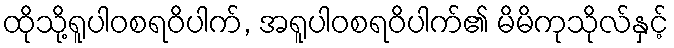
ထိုသို့ရူပါဝစရဝိပါက်, အရူပါဝစရဝိပါက်၏ မိမိကုသိုလ်နှင့်